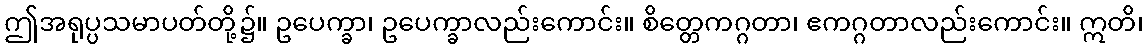
ဤအရုပ္ပသမာပတ်တို့၌။ ဥပေက္ခာ၊ ဥပေက္ခာလည်းကောင်း။ စိတ္တေကဂ္ဂတာ၊ ဧကဂ္ဂတာလည်းကောင်း။ ဣတိ၊